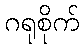
ဂရုစိုက်